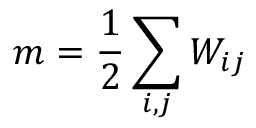
m = \frac { 1 } { 2 } \sum _ { i , j } W _ { i j }